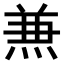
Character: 𠔥